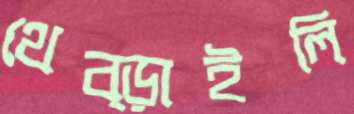
থেব্‌ড়াইলি